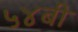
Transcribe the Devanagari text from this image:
५४बी